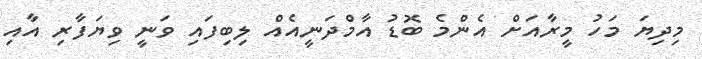
މިދިޔަ މަހު މީރާއަށް އެންމެ ބޮޑު އާމްދަނީއެއް ލިބިފައި ވަނީ ވިޔަފާރި އާއި